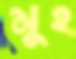
মুহ